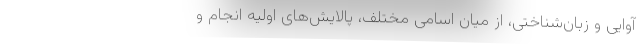
آوایی و زبان‌شناختی، از میان اسامی مختلف، پالایش‌های اولیه انجام و